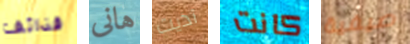
قذائف هانى آذيت كانت صيفية